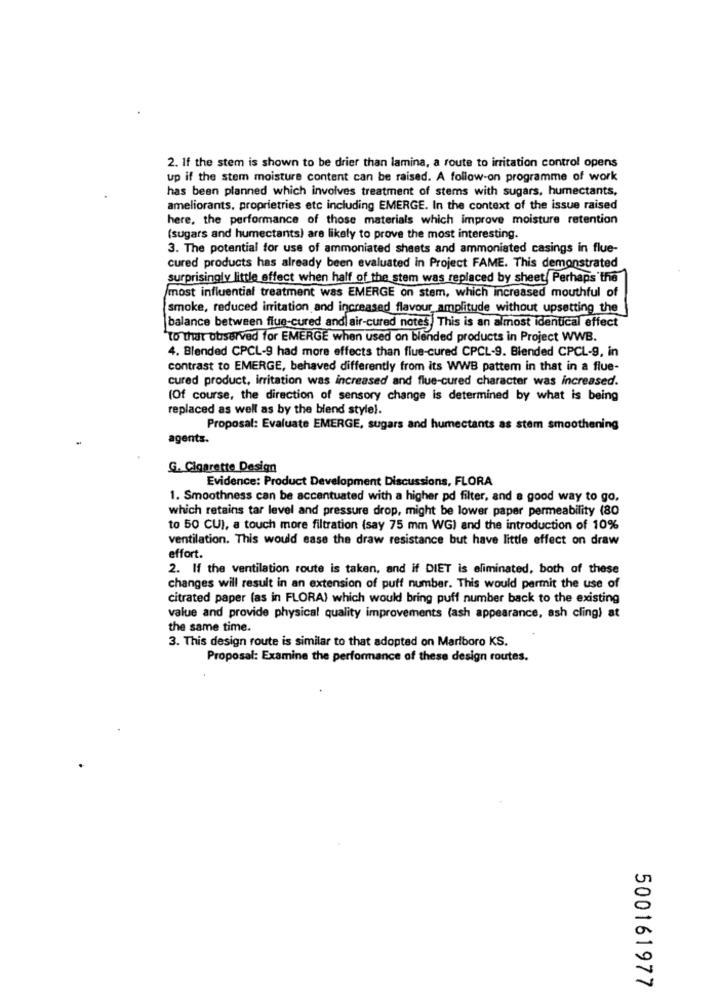
2. If the stem is shown to be drier than lamina, a route to irritation control opens
up if the stem moisture content can be raised. A follow-on programme of work
has been planned which involves treatment of stems with sugars, humectants.
ameliorants, proprietries etc including EMERGE. In the context of the issue raised
here, the performance of those materials which improve moisture retention
(sugars and humectants) are likely to prove the most interesting.
3. The potential for use of ammoniated sheets and ammoniated casings in flue-
cured products has already been evaluated in Project FAME. This demonstrated
surprisingly little effect when half of the stem was replaced by sheet Perhaps the
most influential treatment was EMERGE on stem, which increased mouthful of
smoke, reduced irritation and increased flavour amplitude without upsetting the
balance between flue-cured and air-cured notes This is an almost identical effect
to that observed for EMERGE when used on blended products in Project WWB.
4. Blended CPCL-9 had more effects than flue-cured CPCL-9. Blended CPCL-9, in
contrast to EMERGE, behaved differently from its WWB pattem in that in a flue-
cured product, irritation was increased and flue-cured character was increased.
(Of course, the direction of sensory change is determined by what is being
replaced as well as by the blend stylel.
Proposal: Evaluate EMERGE, sugars and humectants as stem smoothening
agents.
G. Cigarette Design
Evidence: Product Development Discussions, FLORA
1. Smoothness can be accentuated with a higher pd filter, and a good way to go,
which retains tar level and pressure drop, might be lower paper permeability (80
to 50 CUI, a touch more filtration (say 75 mm WG) and the introduction of 10%
ventilation. This would ease the draw resistance but have little effect on draw
effort.
2. If the ventilation route is taken, and if DIET is eliminated, both of these
changes will result in an extension of puff number. This would permit the use of
citrated paper (as in FLORA) which would bring puff number back to the existing
value and provide physical quality improvements (ash appearance, ash cling) at
the same time.
3. This design route is similar to that adopted on Marlboro KS.
Proposal: Examine the performance of these design routes.
500161977